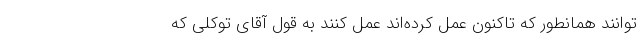
توانند همانطور که تاکنون عمل کرده‌اند عمل کنند به قول آقای توکلی که